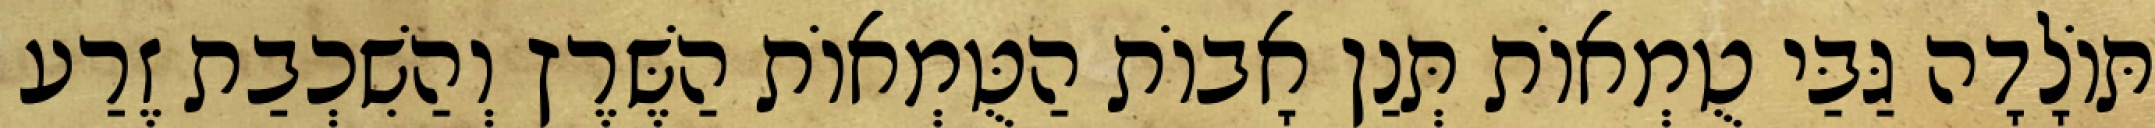
תּוֹלָדָה גַּבַּי טֻמְאוֹת תְּנַן אָבוֹת הַטֻּמְאוֹת הַשֶּׁרֶץ וְהַשִׁכְבַת זֶרַע